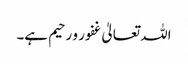
اللہ تعالیٰ غفور و رحیم ہے۔